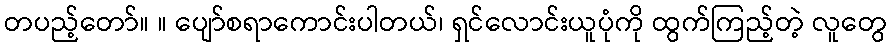
တပည့်တော်။ ။ ပျော်စရာကောင်းပါတယ်၊ ရှင်လောင်းယူပုံကို ထွက်ကြည့်တဲ့ လူတွေ